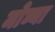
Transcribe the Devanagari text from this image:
मोघ्या